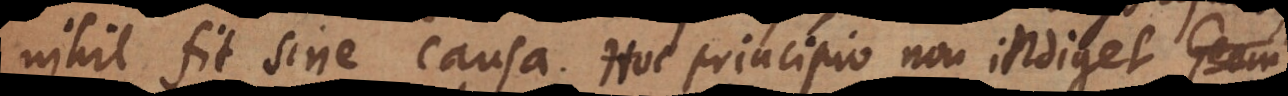
nihil fit sine causa. Hoc principio non indiget A